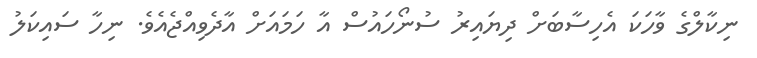
ނިކާލްގެ ވާހަކަ އެހިސާބަށް ދިޔައިރު ސުނޯހައުސް އާ ހަމައަށް އާދެވިއްޖެއެވެ. ނިހާ ސައިކަލު